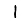
Digit: 1